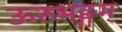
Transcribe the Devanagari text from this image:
ऊरुभङ्गम्